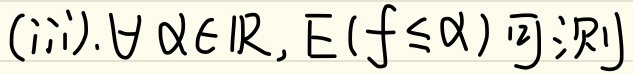
(iii). $\forall \alpha \in \mathbb{R}, E(f\leq\alpha)$可测